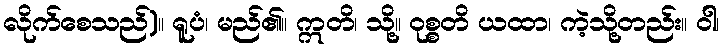
လိုက်စေသည်)။ ရူပံ၊ မည်၏။ ဣတိ၊ သို့။ ဝုစ္စတိ ယထာ၊ ကဲ့သို့တည်း။ ဝါ၊